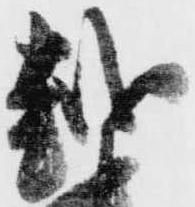
越